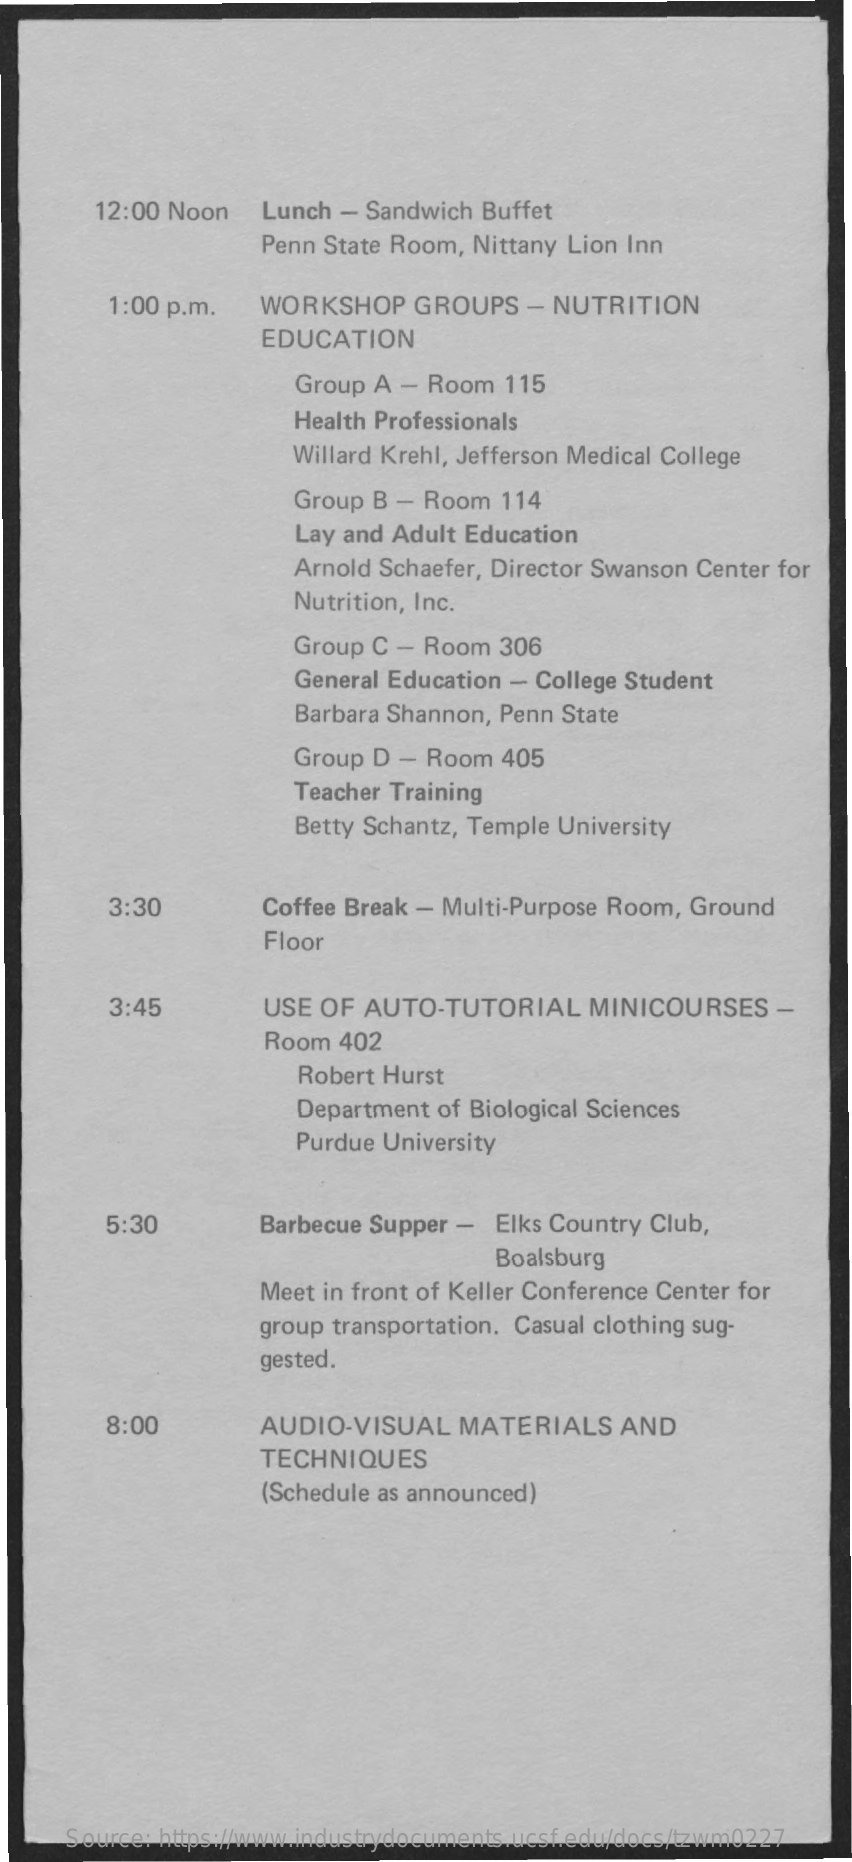
12:00 Noon   Lunch  - Sandwich Buffet
     Penn State Room, Nittany Lion Inn
     1:00 p.m.   WORKSHOP    GROUPS   - NUTRITION
     EDUCATION
     Group  A - Room  115
     Health Professionals
     Willard Krehl, Jefferson Medical College
     Group  B - Room  114
     Lay and Adult Education
     Arnold Schaefer, Director Swanson Center for
     Nutrition, Inc.
     Group C  - Room  306
     General Education - College Student
     Barbara Shannon, Penn State
     Group  D - Room  405
     Teacher Training
     Betty Schantz, Temple University
     3:30    Coffee Break - Multi-Purpose Room, Ground
     Floor
     3:45    USE OF  AUTO-TUTORIAL    MINICOURSES    -
     Room  402
     Robert Hurst
     Department  of Biological Sciences
     Purdue University
     5:30    Barbecue Supper -  Elks Country Club,
     Boalsburg
     Meet in front of Keller Conference Center for
     group transportation. Casual clothing sug-
     gested.
     8:00    AUDIO-VISUAL    MATERIALS    AND
     TECHNIQUES
     (Schedule as announced)
     Source: https://www.industrydocuments.ucsf.edu/docs/tzwm0227